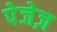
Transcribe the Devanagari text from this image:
पेजेज़